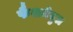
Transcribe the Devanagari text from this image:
फैशनेबुल